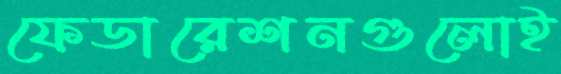
ফেডারেশনগুলোই